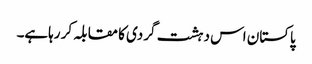
پاکستان اس دہشت گردی کا مقابلہ کر رہاہے۔